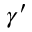
\gamma ^ { \prime }